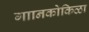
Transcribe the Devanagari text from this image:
गाानकोकिळा